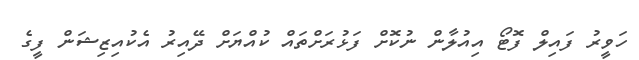
ހަވީރު ފައިލް ފޮޓޯ އިއުލާން ނުކޮށް ފަޅުރަށްތައް ކުއްޔަށް ދޭއިރު އެކުއިޒިޝަން ފީގެ